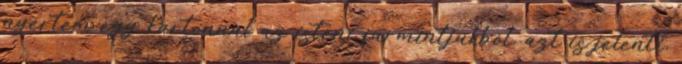
nyertem egy kartonnal az isteni furmintjukból, azt is jelenti,